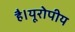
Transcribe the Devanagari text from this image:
है।यूरोपीय